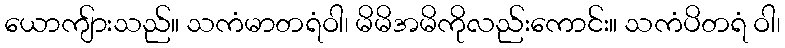
ယောကျ်ားသည်။ သကံမာတရံဝါ၊ မိမိအမိကိုလည်းကောင်း။ သကံပိတရံ ဝါ၊